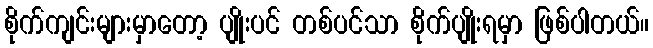
စိုက်ကျင်းများမှာတော့ ပျိုးပင် တစ်ပင်သာ စိုက်ပျိုးရမှာ ဖြစ်ပါတယ်။